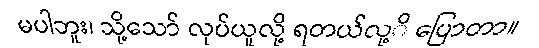
မပါဘူး၊ သို့သော် လုပ်ယူလို့ ရတယ်လု့ိ ပြောတာ။